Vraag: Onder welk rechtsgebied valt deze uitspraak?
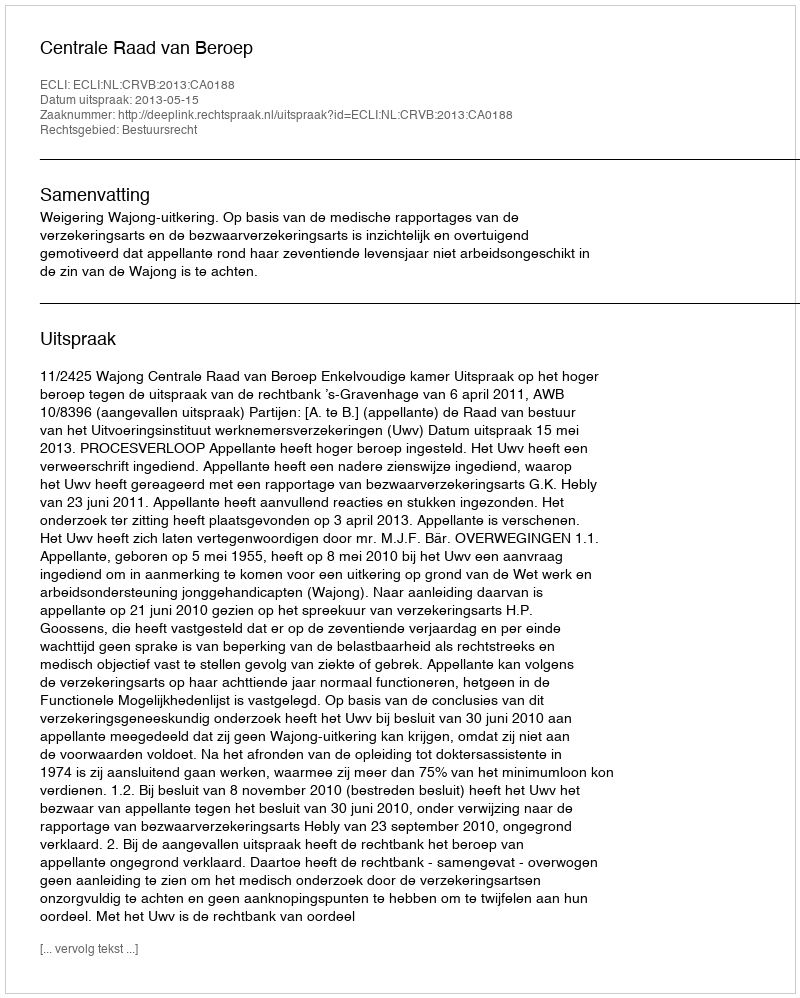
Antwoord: Bestuursrecht